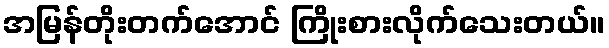
အမြန်တိုးတက်အောင် ကြိုးစားလိုက်သေးတယ်။